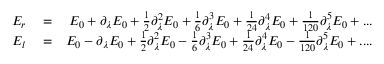
\begin{array} { r l r } { E _ { r } } & { { } = } & { E _ { 0 } + \partial _ { \lambda } E _ { 0 } + \frac { 1 } { 2 } \partial _ { \lambda } ^ { 2 } E _ { 0 } + \frac { 1 } { 6 } \partial _ { \lambda } ^ { 3 } E _ { 0 } + \frac { 1 } { 2 4 } \partial _ { \lambda } ^ { 4 } E _ { 0 } + \frac { 1 } { 1 2 0 } \partial _ { \lambda } ^ { 5 } E _ { 0 } + . . . } \\ { E _ { l } } & { { } = } & { E _ { 0 } - \partial _ { \lambda } E _ { 0 } + \frac { 1 } { 2 } \partial _ { \lambda } ^ { 2 } E _ { 0 } - \frac { 1 } { 6 } \partial _ { \lambda } ^ { 3 } E _ { 0 } + \frac { 1 } { 2 4 } \partial _ { \lambda } ^ { 4 } E _ { 0 } - \frac { 1 } { 1 2 0 } \partial _ { \lambda } ^ { 5 } E _ { 0 } + . . . . } \end{array}